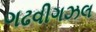
ગઢવીગઝલ